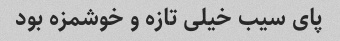
پای سیب خیلی تازه و خوشمزه بود